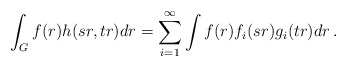
\begin{align*}\int_G f(r)h(sr,tr)dr= \sum_{i=1}^{\infty} \int f(r) f_i(sr) g_i(tr)dr \, .\end{align*}